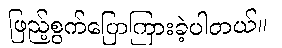
ဖြည့်စွက်ပြောကြားခဲ့ပါတယ်။